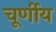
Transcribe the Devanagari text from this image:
चूर्णीय